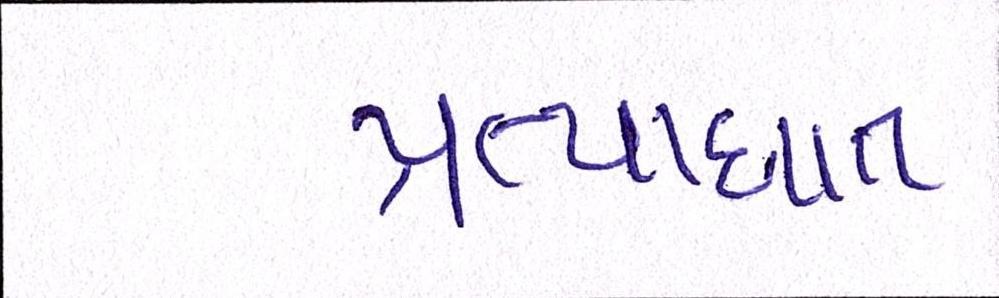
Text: પ્રત્યાઘાત